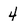
Character: 4